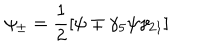
\psi _ { \pm } = \frac { 1 } { 2 } [ \psi \mp \gamma _ { 5 } \psi \gamma _ { 2 1 } ]